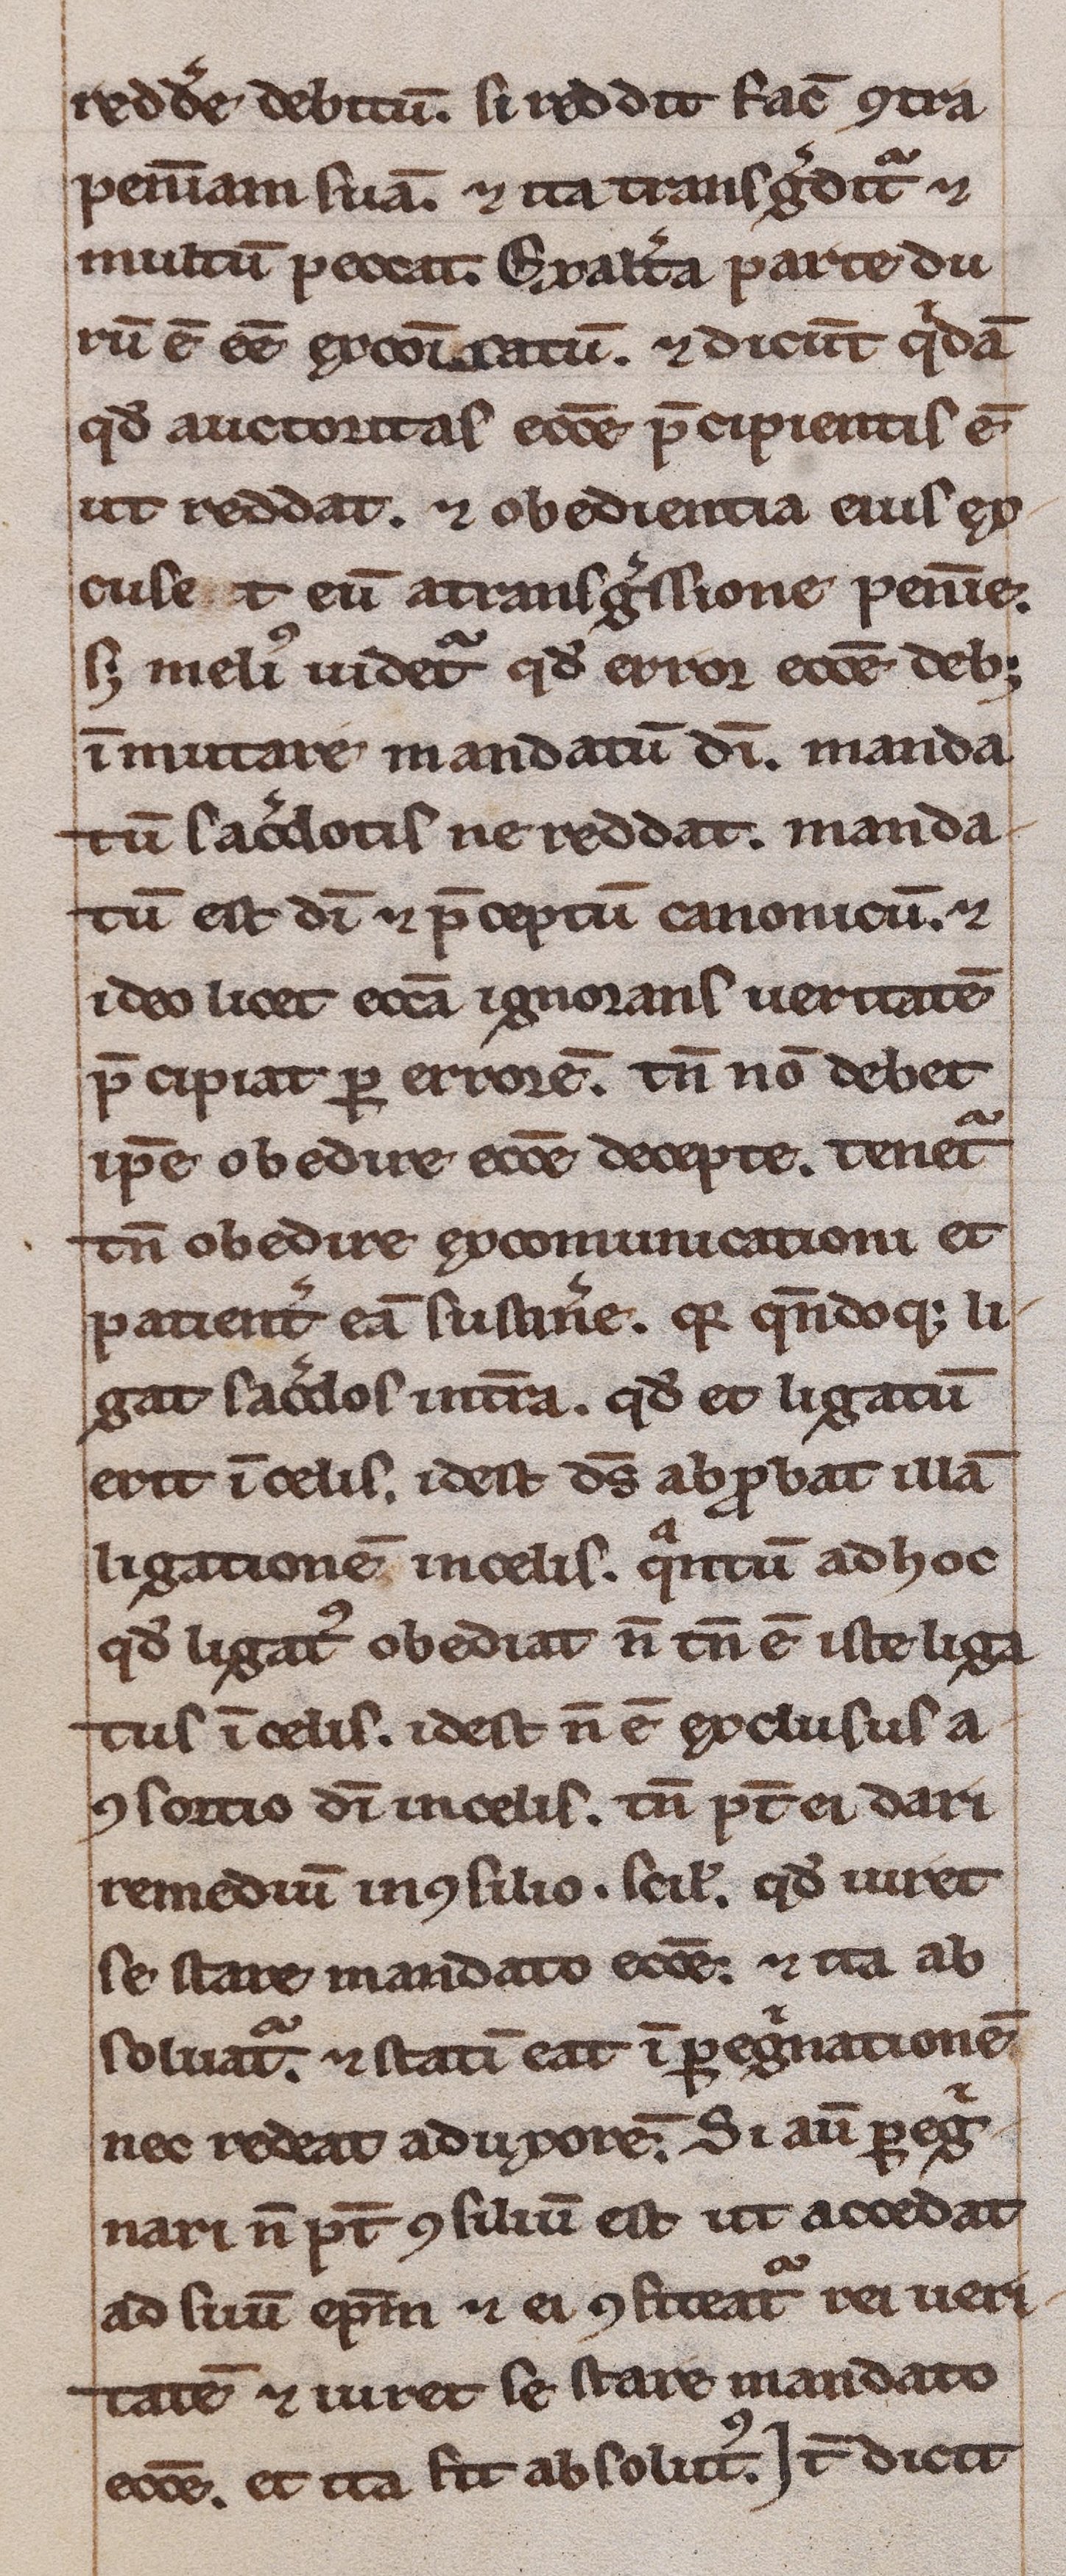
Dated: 1200–1249